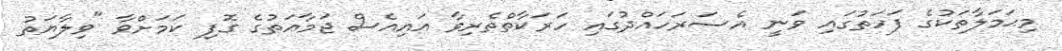
މިޙަމަލާތަކުގެ ފަހަތުގައި ވަނީ އެސަރަހައްދުގައި ހަރަކާތްތެރިވާ އައިއެސް ޖަމާއަތުގެ ގޮފި ކަމަށްވާ "ވިލާޔަތު